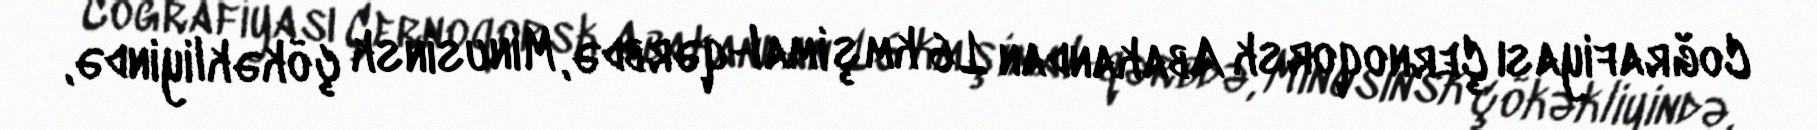
Coğrafiyası Çernoqorsk Abakandan 16 km şimal-qərbdə, Minusinsk çökəkliyində,